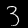
Digit: 3